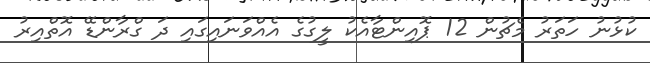
ކުޅުނު ހަތަރު މެޗުން 12 ޕޮއިންޓާއެކު ލީގުގެ އެއްވަނައިގައި ދަ ގްރާންޑޭ އޮތްއިރު